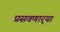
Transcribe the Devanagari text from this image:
प्रसवणार्‍या